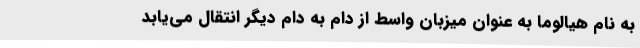
به نام هیالوما به عنوان میزبان واسط از دام به دام دیگر انتقال می‌یابد